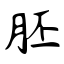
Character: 胚